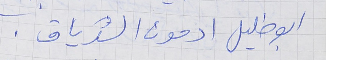
ابو خليل ادمون الشدياق .